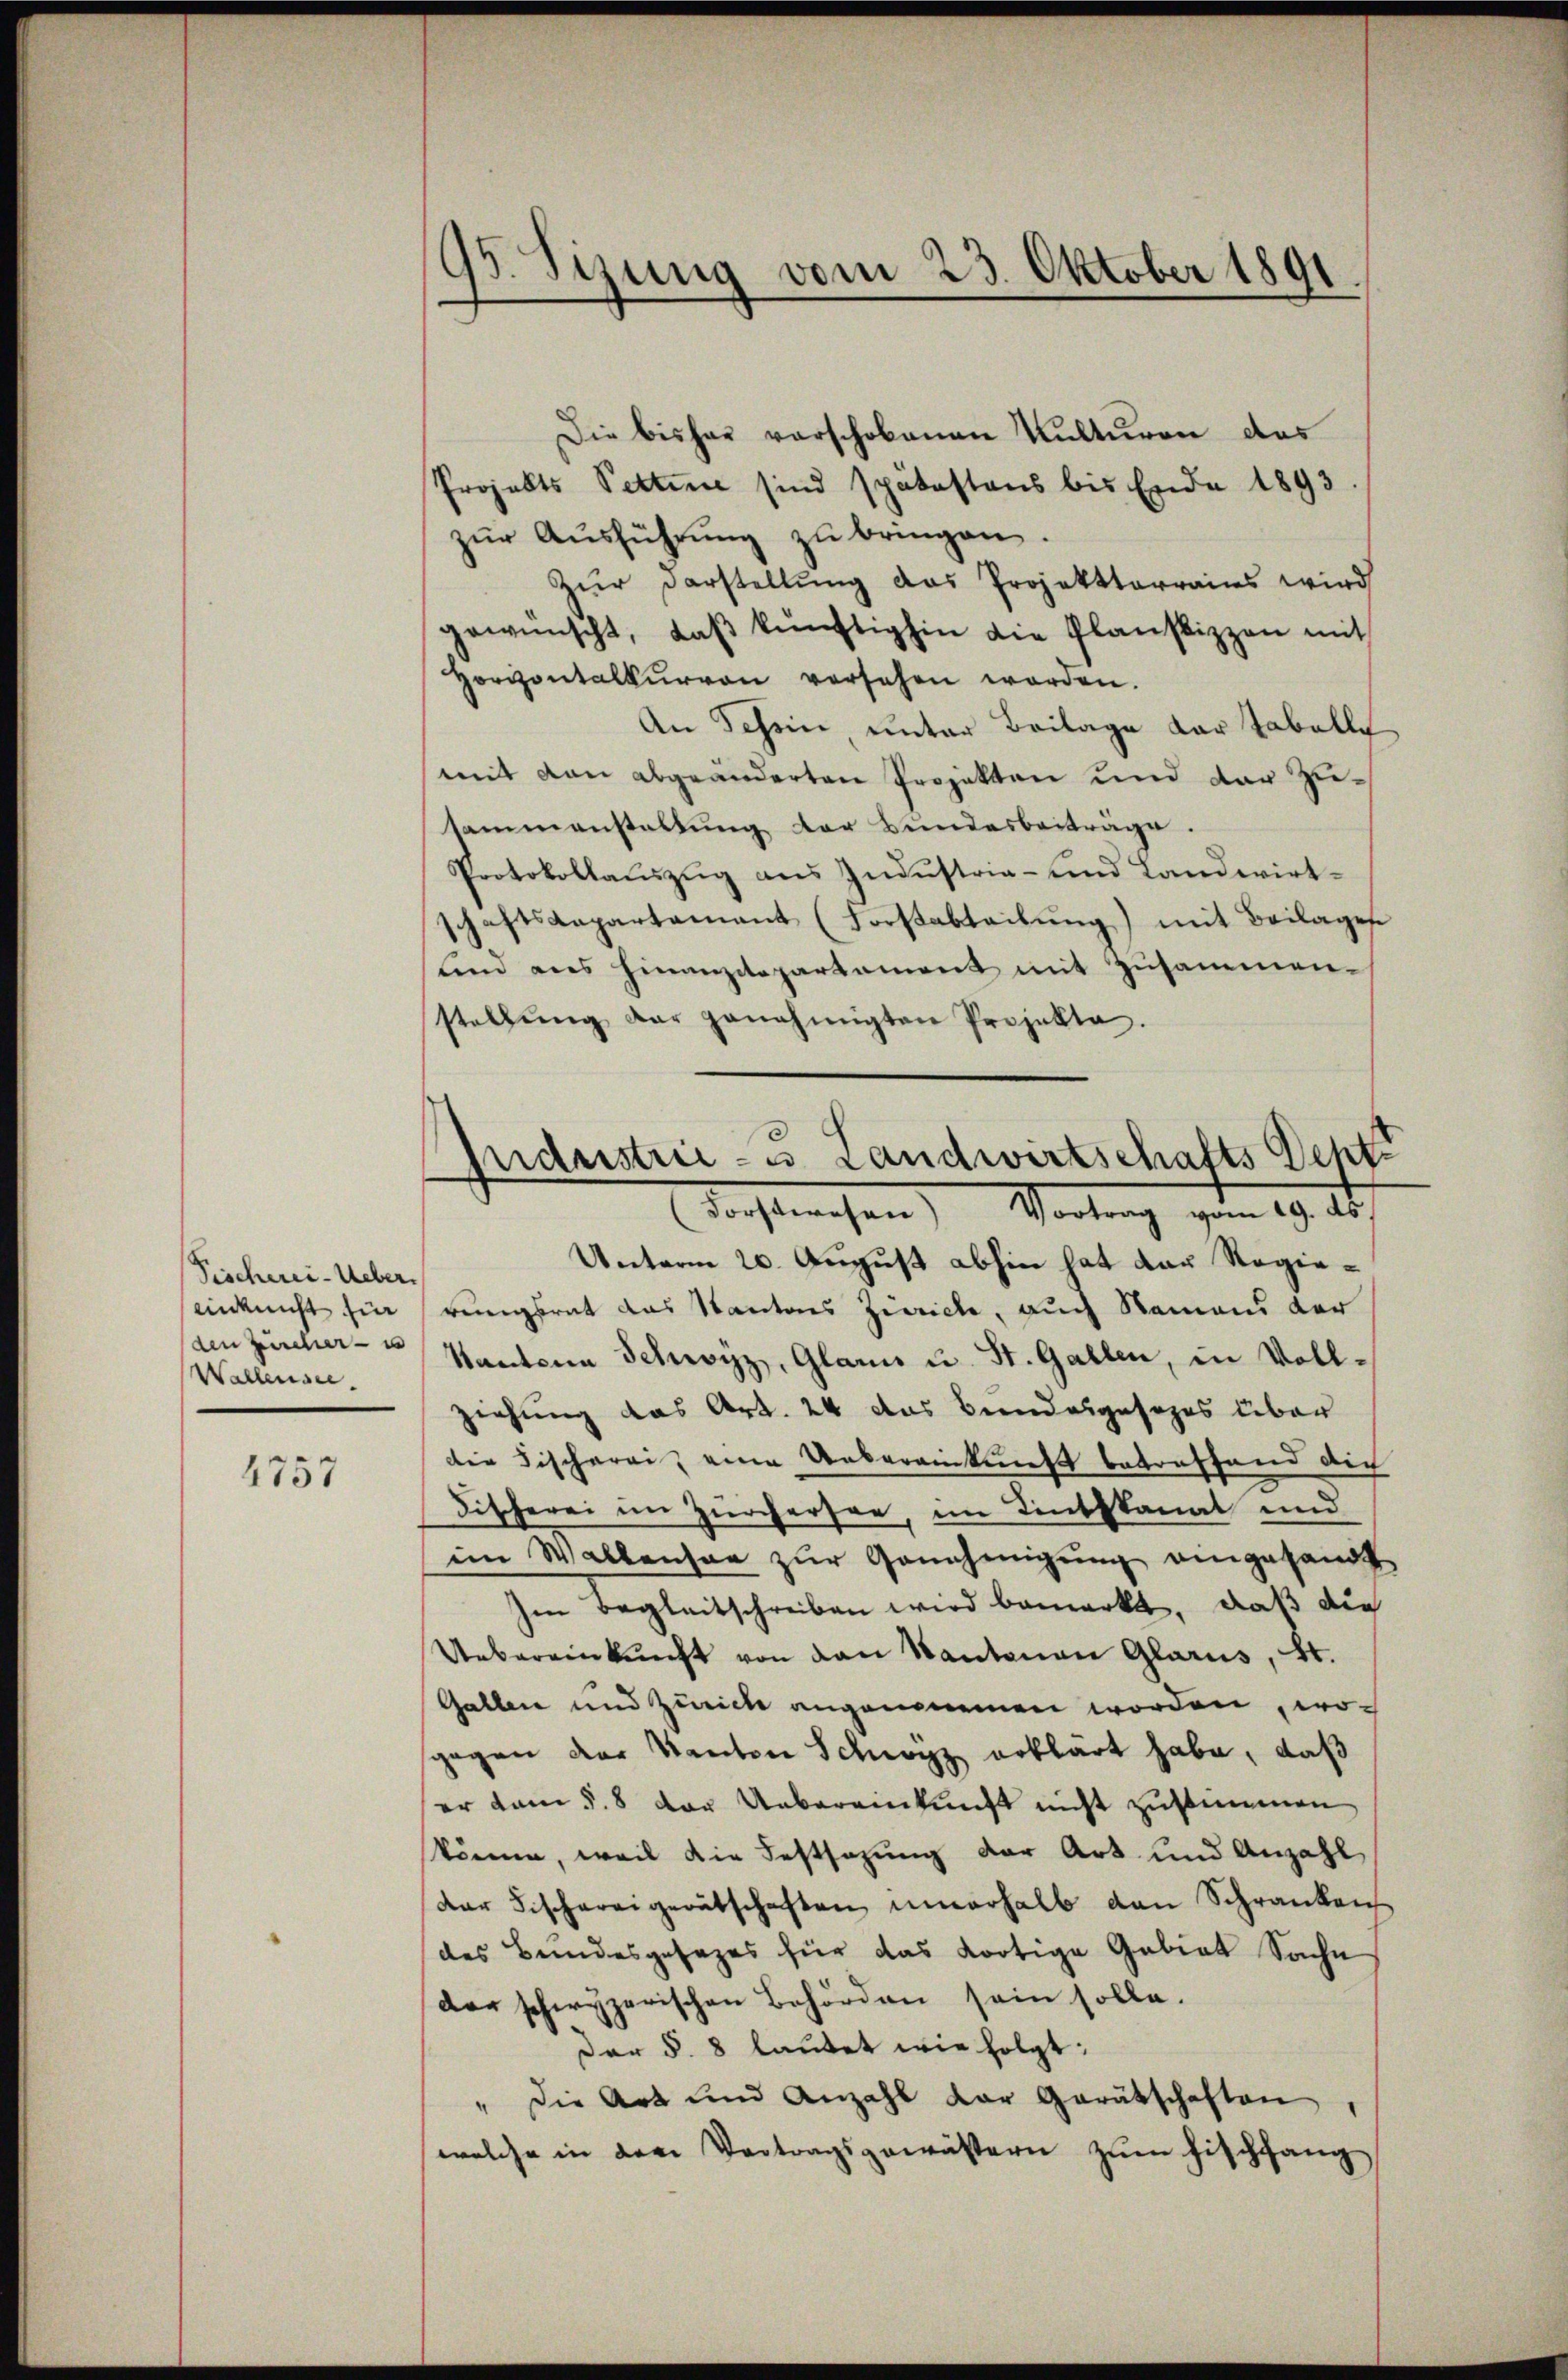
Fischerei-Ueber.
ein nicht fü
den Zürcher u
Wallensee.

4757

95. Sizung vom 23. Oktober 1891

Die bisher vorschobenen Kulturen das
Projekts Pettinie sind spätestens bis Ende 1893
zŭr Aŭsführŭng zu bringen.
Zur Darstellung das Projekttarrains wird
gewünscht, daβ künftighin die Planskizzen mit
Horzontalkŭrvon versehen worden.
An Tessin, unter Beilage der Tabelly
mit dan abgeänderten Projekten und der Zusammenstaltung der Bundesbeiträge.
Protokollauszug aus Industria- und Landwirtschaftsaepartament (Forstabteilŭng) mit Beilages
lind aus hinanzitepartament mit Zusammenstellŭng der genehmigten Projekte.
Unterm 20. August abhin hat der Regierungsrat das Kantons Zeiche, auch Namens der
Kantone Schwyz, Glarus u. St. Gallen, in Vollziehung das Art. 24 das Beendesgesezes über
die Fischerei eine Uebereinkunft betreffend die
Fischerei im Zürchersee, im Linthkanal und
im Wallensee zŭr Genehmigung eingesandt
Im Begleitschreiben wird bemerkt, daß die
Uebereinkunft von den Kantonen Glarus, St.
Gallen und Zürich angenommen worden, wogegen der Kanton Schwyz erklärt habe, daß
er dem §. 8 der Uebereikunft nicht zustimmen
könne, weil die Festsezung der Art und Anzahl
Dar Fischereigerätschaften innerhalb den Schranken
des Bundesgesezes für das dortige Gebiet Sache
der schwyzerischen Behörden sein solle.
d
Der §. 8 lautet wie folgt:
" die Art und Anzahl der Gerätschaften
welche in dem Vertragsgewässern zum Fischfang

Industrie- u. Landwirtschafts Seht
Tochtwesen Wortung vom 19. d.